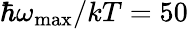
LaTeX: \hbar\omega_{\mathrm{max}}/kT=50